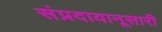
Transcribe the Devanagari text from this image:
संप्रदायानूसारी